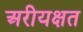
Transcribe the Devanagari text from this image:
अरीयक्षत